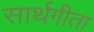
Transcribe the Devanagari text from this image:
सार्थगीता